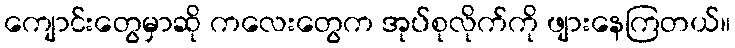
ကျောင်းတွေမှာဆို ကလေးတွေက အုပ်စုလိုက်ကို ဖျားနေကြတယ်။